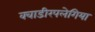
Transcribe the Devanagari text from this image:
क्वाडीरपलेगिया